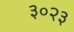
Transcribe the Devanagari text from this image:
३०२३